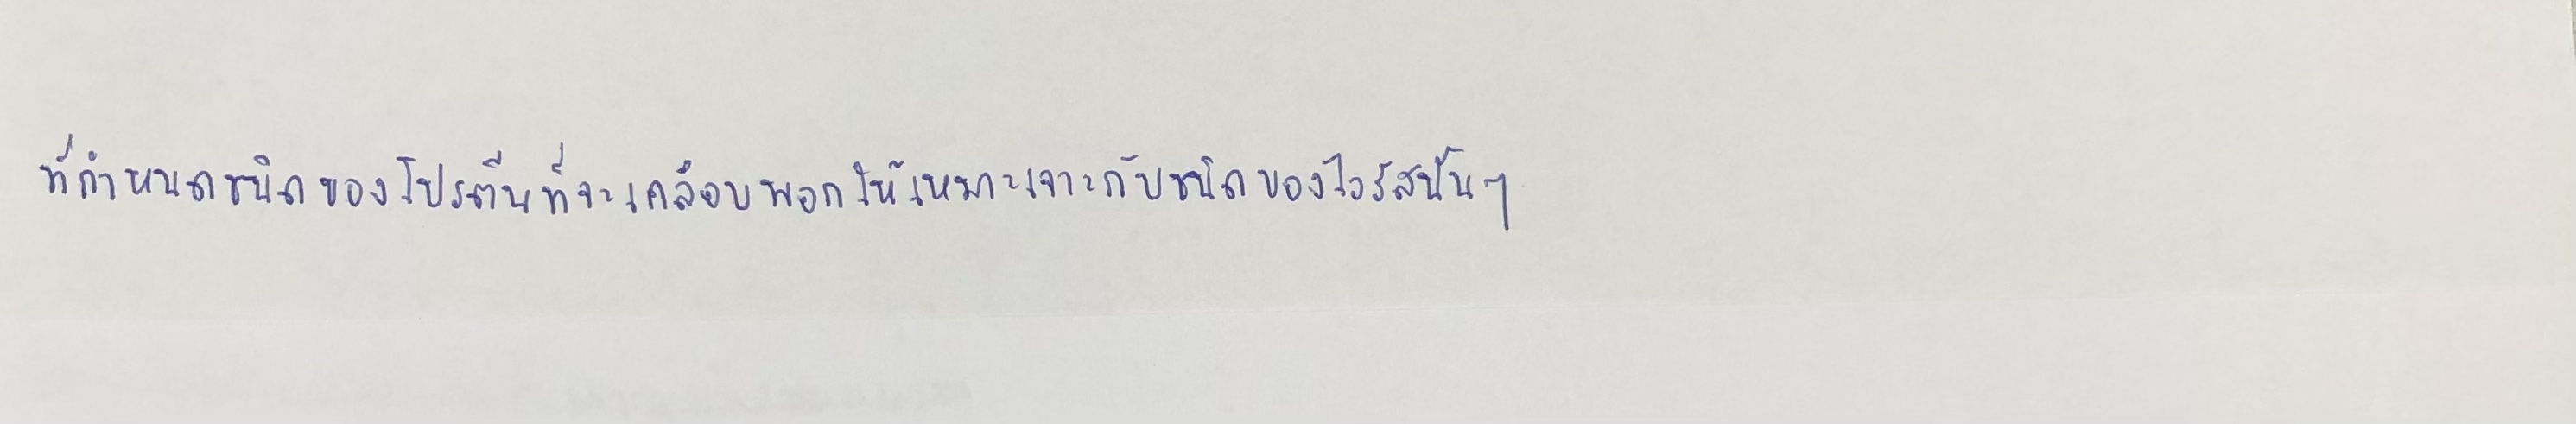
ที่กำหนดชนิดของโปรตีนที่จะเคลือบพอกให้เหมาะเจาะกับชนิดของไวรัสนั้นๆ